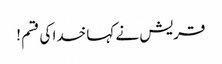
قریش نے کہا خدا کی قسم !